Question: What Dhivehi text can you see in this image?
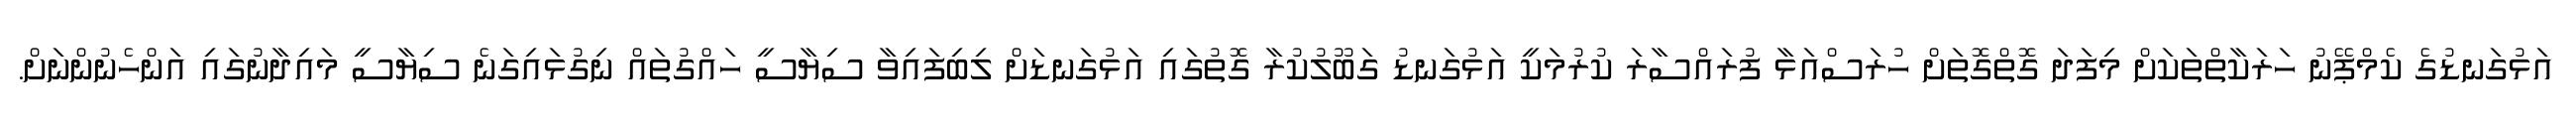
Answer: އަޅުގަނޑުގެ ކެމްޕޭނު ހަރަކާތްތަކަށް މިފަދަ ގޮތްގޮތަށް ހުރަސްއަޅާ ފުރައްސާރަ ކުރުމަކީ އަޅުގަނޑު ގަބޫލުކުރާ ގޮތުގައި އަޅުގަނޑަށް ލިބިފައިވާ ސިޔާސީ ހައްގުތައް ނިގުޅައިގަނެ ސިޔާސީ މައިދާނުގައި އަންހެނުންނަށް.